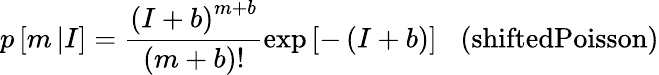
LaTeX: p\left[m\left|I\right.\right]=\frac{\left(I+b\right)^{m+b}}{\left(m+b\right)!}\exp\left[-\left(I+b\right)\right]\; \; \; \textrm{(shiftedPoisson)}